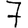
Digit: 7